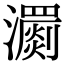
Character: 瀱